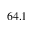
6 4 . 1